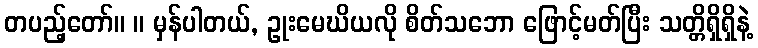
တပည့်တော်။ ။ မှန်ပါတယ်, ဥုးမေဃိယလို စိတ်သဘော ဖြောင့်မတ်ပြီး သတ္တိရှိရှိနဲ့